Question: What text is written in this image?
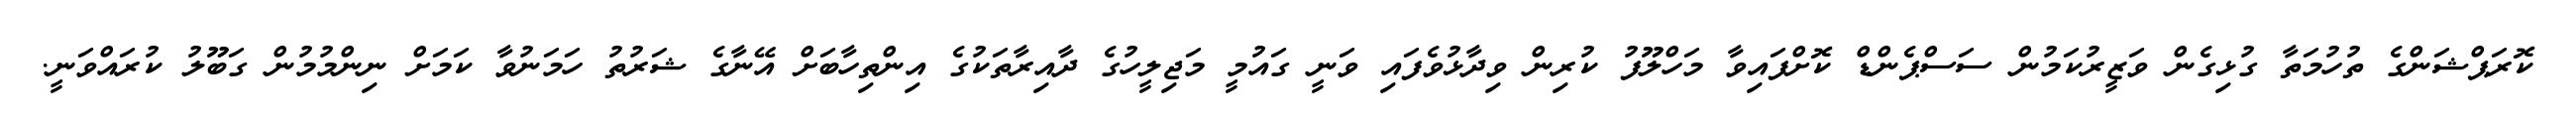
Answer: ކޮރަޕްޝަންގެ ތުހުމަތާ ގުޅިގެން ވަޒީރުކަމުން ސަސްޕެންޑް ކޮށްފައިވާ މަހްލޫފު ކުރިން ވިދާޅުވެފައި ވަނީ ގައުމީ މަޖިލީހުގެ ދާއިރާތަކުގެ އިންތިހާބަށް އޭނާގެ ޝަރުތު ހަމަނުވާ ކަމަށް ނިންމުމުން ގަބޫލު ކުރައްވަނީ.